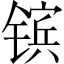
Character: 镔